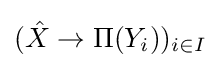
({\hat {X}}\to \Pi (Y_{i}))_{i\in I}